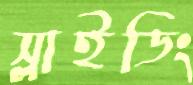
স্লাইডিং